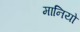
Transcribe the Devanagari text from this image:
मानियो